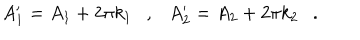
A _ { 1 } ^ { \prime } = A _ { 1 } + 2 \pi k _ { 1 } \ \ \ , \ \ \ A _ { 2 } ^ { \prime } = A _ { 2 } + 2 \pi k _ { 2 } \ \ \ .